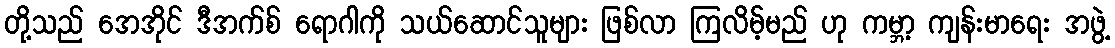
တို့သည် အေအိုင် ဒီအက်စ် ရောဂါကို သယ်ဆောင်သူများ ဖြစ်လာ ကြလိမ့်မည် ဟု ကမ္ဘာ့ ကျန်းမာရေး အဖွဲ့